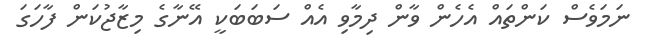
ނަމަވެސް ކަންތައް އެހެން ވާން ދިމާވި އެއް ސަބަބަކީ އޭނާގެ މިޒާޖުކަން ފާހަގަ